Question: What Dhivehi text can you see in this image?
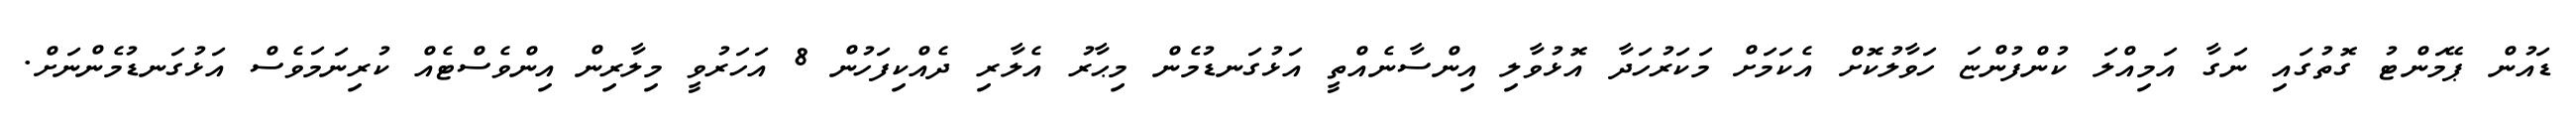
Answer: ޑައުން ޕޭމަންޓު ގޮތުގައި ނަގާ އަމިއްލަ ކުންފުންޏަ ހަވާލުކޮށް އެކަމަށް މަކަރުހަދާ އޮޅުވާލި އިންސާނެއްތީ އަޅުގަނޑުމެން މިޙާރު އެލާރި ދެއްކިފަހުން 8 އަހަރުވީ މިލާރިން އިންވެސްޓެއް ކުރިނަމަވެސް އަޅުގަނޑުމެންނަށް.